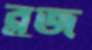
ব্লুজ